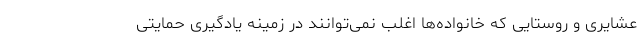
عشایری و روستایی که خانواده‌ها اغلب نمی‌توانند در زمینه یادگیری حمایتی